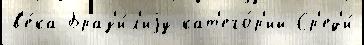
в'е́ка Браз'и́л'иjу кат'его́р'ий Ср'ед'и́